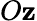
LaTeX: O\mathbf{z}